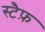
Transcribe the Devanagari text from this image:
स्टैफ़